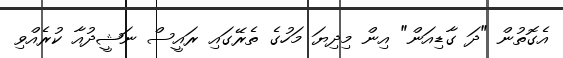
އެގޮތުން "ދަ ގާޑިއަން" އިން މިދިޔަ މަހުގެ ތެރޭގައި ރައީސް ނަޝީދުއާ ކުރެއްވި